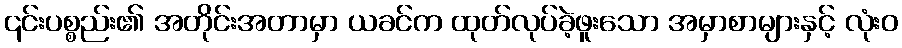
၎င်းပစ္စည်း၏ အတိုင်းအတာမှာ ယခင်က ထုတ်လုပ်ခဲ့ဖူးသော အမှာစာများနှင့် လုံးဝ